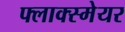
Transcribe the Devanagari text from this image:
फ्लाक्स्मेयर